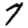
Digit: 7